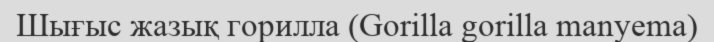
Шығыс жазық горилла (Gorilla gorilla manyema)